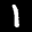
Label: 1